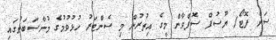
ސަން ފޮޓޯ/ ޔޫސުފް ސޮފްވާން މީގެ އިތުރުން މި ސެންޓަރު ހުޅުވުމުގެ މުނާސަބަތުގައި